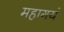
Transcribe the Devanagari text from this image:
महागयं